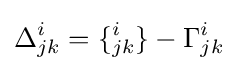
\Delta _{jk}^{i}=\{_{jk}^{i}\}-\Gamma _{jk}^{i}